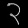
Digit: ၃